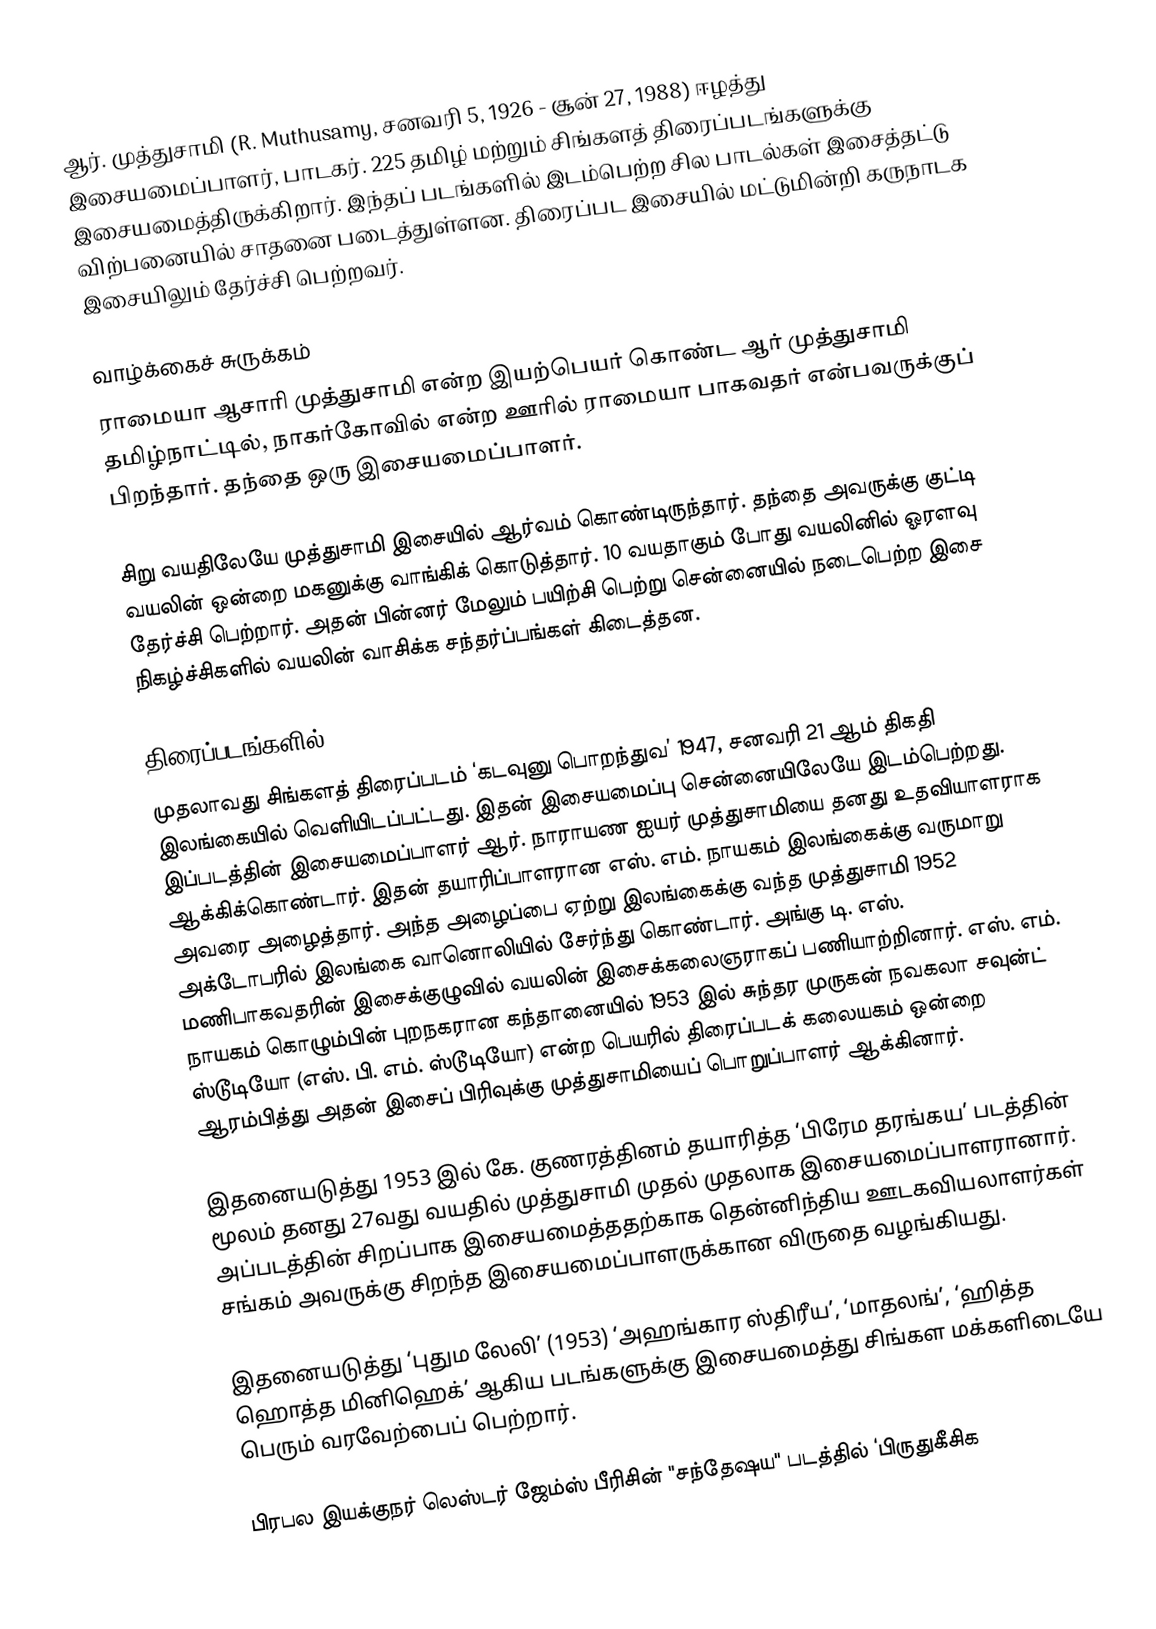
ஆர். முத்துசாமி (R. Muthusamy, சனவரி 5, 1926 - சூன் 27, 1988) ஈழத்து இசையமைப்பாளர், பாடகர். 225 தமிழ் மற்றும் சிங்களத் திரைப்படங்களுக்கு இசையமைத்திருக்கிறார். இந்தப் படங்களில் இடம்பெற்ற சில பாடல்கள் இசைத்தட்டு விற்பனையில் சாதனை படைத்துள்ளன. திரைப்பட இசையில் மட்டுமின்றி கருநாடக இசையிலும் தேர்ச்சி பெற்றவர்.

வாழ்க்கைச் சுருக்கம்
ராமையா ஆசாரி முத்துசாமி என்ற இயற்பெயர் கொண்ட ஆர் முத்துசாமி தமிழ்நாட்டில், நாகர்கோவில் என்ற ஊரில் ராமையா பாகவதர் என்பவருக்குப் பிறந்தார். தந்தை ஒரு இசையமைப்பாளர்.

சிறு வயதிலேயே முத்துசாமி இசையில் ஆர்வம் கொண்டிருந்தார். தந்தை அவருக்கு குட்டி வயலின் ஒன்றை மகனுக்கு வாங்கிக் கொடுத்தார். 10 வயதாகும் போது வயலினில் ஓரளவு தேர்ச்சி பெற்றார். அதன் பின்னர் மேலும் பயிற்சி பெற்று சென்னையில் நடைபெற்ற இசை நிகழ்ச்சிகளில் வயலின் வாசிக்க சந்தர்ப்பங்கள் கிடைத்தன.

திரைப்படங்களில்
முதலாவது சிங்களத் திரைப்படம் ‘கடவுனு பொறந்துவ’ 1947, சனவரி 21 ஆம் திகதி இலங்கையில் வெளியிடப்பட்டது. இதன் இசையமைப்பு சென்னையிலேயே இடம்பெற்றது. இப்படத்தின் இசையமைப்பாளர் ஆர். நாராயண ஐயர் முத்துசாமியை தனது உதவியாளராக ஆக்கிக்கொண்டார். இதன் தயாரிப்பாளரான எஸ். எம். நாயகம் இலங்கைக்கு வருமாறு அவரை அழைத்தார். அந்த அழைப்பை ஏற்று இலங்கைக்கு வந்த முத்துசாமி 1952 அக்டோபரில் இலங்கை வானொலியில் சேர்ந்து கொண்டார். அங்கு டி. எஸ். மணிபாகவதரின் இசைக்குழுவில் வயலின் இசைக்கலைஞராகப் பணியாற்றினார். எஸ். எம். நாயகம் கொழும்பின் புறநகரான கந்தானையில் 1953 இல் சுந்தர முருகன் நவகலா சவுன்ட் ஸ்டூடியோ (எஸ். பி. எம். ஸ்டூடியோ) என்ற பெயரில் திரைப்படக் கலையகம் ஒன்றை ஆரம்பித்து அதன் இசைப் பிரிவுக்கு முத்துசாமியைப் பொறுப்பாளர் ஆக்கினார்.

இதனையடுத்து 1953 இல் கே. குணரத்தினம் தயாரித்த ‘பிரேம தரங்கய’ படத்தின் மூலம் தனது 27வது வயதில் முத்துசாமி முதல் முதலாக இசையமைப்பாளரானார். அப்படத்தின் சிறப்பாக இசையமைத்ததற்காக தென்னிந்திய ஊடகவியலாளர்கள் சங்கம் அவருக்கு சிறந்த இசையமைப்பாளருக்கான விருதை வழங்கியது.

இதனையடுத்து ‘புதும லேலி’ (1953) ‘அஹங்கார ஸ்திரீய’, ‘மாதலங்’, ‘ஹித்த ஹொத்த மினிஹெக்’ ஆகிய படங்களுக்கு இசையமைத்து சிங்கள மக்களிடையே பெரும் வரவேற்பைப் பெற்றார்.

பிரபல இயக்குநர் லெஸ்டர் ஜேம்ஸ் பீரிசின் "சந்தேஷய" படத்தில் ‘பிருதுகீசிக